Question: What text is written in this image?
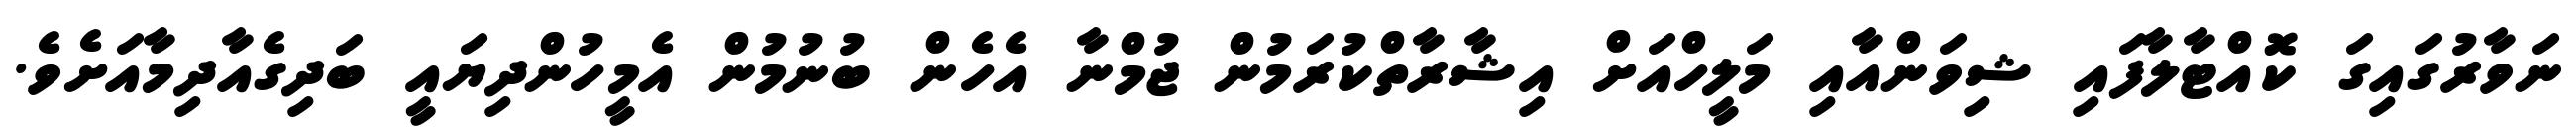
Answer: ނަވާރުގައިގަ ކޮއްޓާލާފައި ޝިވަންއާއި މަލީހްއަށް އިޝާރާތްކުރަމުން ޖުމްނާ އެހެން ބުނުމުން އެމީހުންދިޔައީ ބަދިގެއާދިމާއަށެވެ.